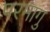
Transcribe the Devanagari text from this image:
परमागु